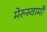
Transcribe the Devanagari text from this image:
मेरुस्वामी